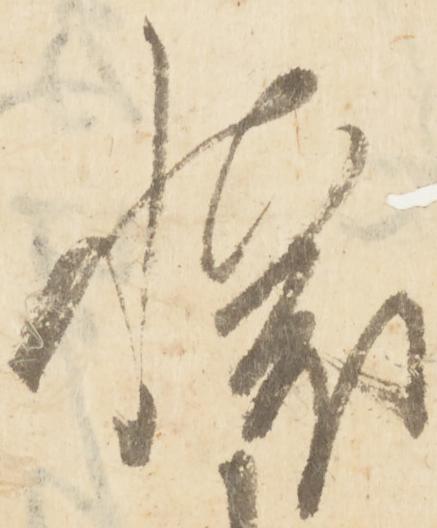
懐